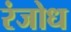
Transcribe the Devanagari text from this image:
रंजोध